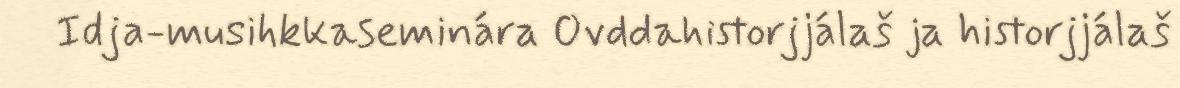
Idja-musihkkaseminára Ovddahistorjjálaš ja historjjálaš